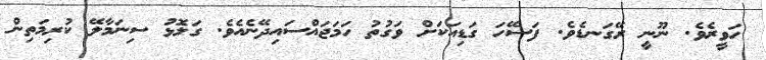
ހަވީރެވެ. ނޫނީ ރޭގަނޑެވެ. ފަސޭހަ ގަޑިއަކަށް ވަގުތު ހަމަޖައްސައިދޭނެއެވެ. ގަލޮޅު ސިނަމާލޭ ކުރިމަތިން